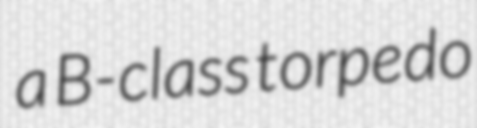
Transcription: a B-class torpedo